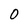
Character: 0